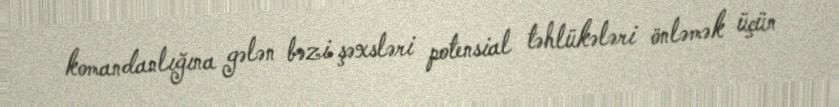
komandanlığına gələn bəzi şəxsləri potensial təhlükələri önləmək üçün